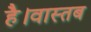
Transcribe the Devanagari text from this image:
है।वास्तब